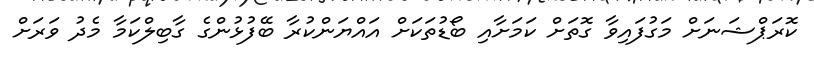
ކޮރަޕްޝަނަށް މަގުފައިވާ ގޮތަށް ކަމަށާއި ބޯޑުތަކަށް އައްޔަންކުރާ ބޭފުޅުންގެ ގާބިލްކަމާ މެދު ވަރަށް